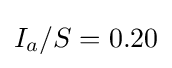
I_{a}/S=0.20